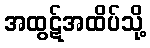
အထွဋ်အထိပ်သို့